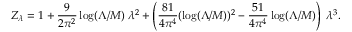
Z _ { \lambda } = 1 + \frac { 9 } { 2 \pi ^ { 2 } } \log ( \Lambda / M ) \; \lambda ^ { 2 } + \left( \frac { 8 1 } { 4 \pi ^ { 4 } } ( \log ( \Lambda / M ) ) ^ { 2 } - \frac { 5 1 } { 4 \pi ^ { 4 } } \log ( \Lambda / M ) \right) \; \lambda ^ { 3 } .